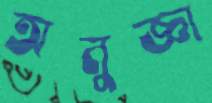
অনুজ্ঞা